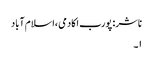
ناشر: پورب اکادمی ،اسلام آباد
۱۔